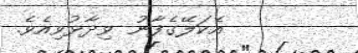
އެކަލޭގެފާނު ވިދާޅުވިއެވެ.